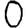
Digit: 0